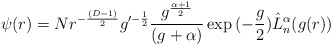
\begin{align*}\psi(r)=Nr^{-\frac{(D-1)}{2}}g^{\prime-\frac{1}{2}}\frac{g^{\frac{\alpha+1}{2}}}{(g+\alpha)}\exp{(-\frac{g}{2})}\hat{L}_n^{\alpha}(g(r))\end{align*}